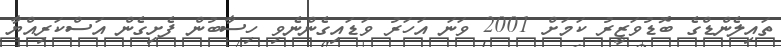
ތައިލެންޑްގެ ބޮޑުވަޒީރު ކަމަށް 2001 ވަނަ އަހަރު ވަޑައިގެންނެވި ހިސާބުން ފެށިގެން އަސްކަރިއްޔާ